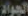
الجواد